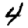
Digit: 4